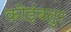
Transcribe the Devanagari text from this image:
कोइंबतुर